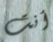
أنت